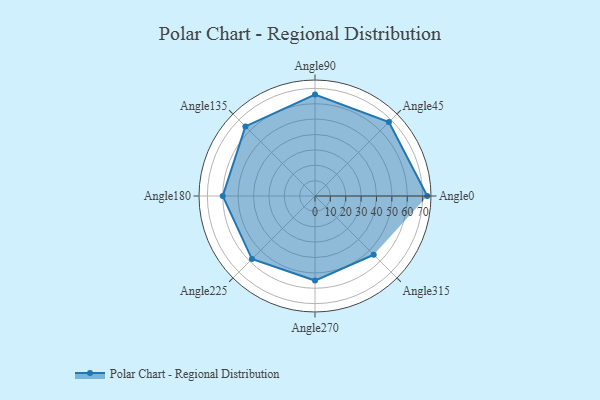
{"axis": {"x": "Angle", "y": "Radius"}, "legend": [""], "data": [{"x": "Angle0", "y": 73.0, "type": ""}, {"x": "Angle45", "y": 68.0, "type": ""}, {"x": "Angle90", "y": 66.0, "type": ""}, {"x": "Angle135", "y": 64.0, "type": ""}, {"x": "Angle180", "y": 60.0, "type": ""}, {"x": "Angle225", "y": 58.0, "type": ""}, {"x": "Angle270", "y": 55.0, "type": ""}, {"x": "Angle315", "y": 54.0, "type": ""}]}